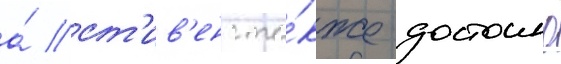
а́ ст'ив'енс та́кже достоино